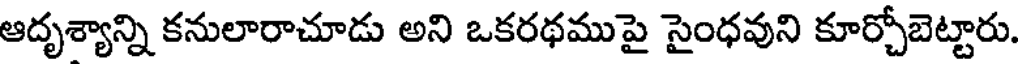
ఆదృశ్యాన్ని కనులారాచూడు అని ఒకరథముపై సైంధవుని కూర్చోబెట్టారు.